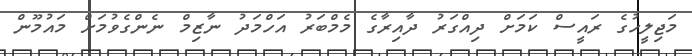
މަޖިލީހުގެ ރައީސް ކަމަށް ދިއްގަރު ދާއިރާގެ މެމްބަރު އަހްމަދު ނާޒިމް ނެންގެވުމަށް މައުމޫން